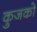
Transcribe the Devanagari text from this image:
कुजको